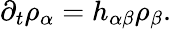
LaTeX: \partial_{t}\rho_{\alpha}=h_{\alpha\beta}\rho_{\beta}.